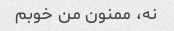
نه، ممنون من خوبم